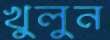
খুলুন